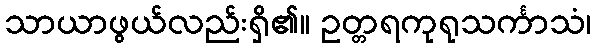
သာယာဖွယ်လည်းရှိ၏။ ဥတ္တရကုရုသင်္ကာသံ၊